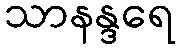
သာနန္ဒရေ